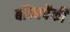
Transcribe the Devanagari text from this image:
बॉम्बपैकी